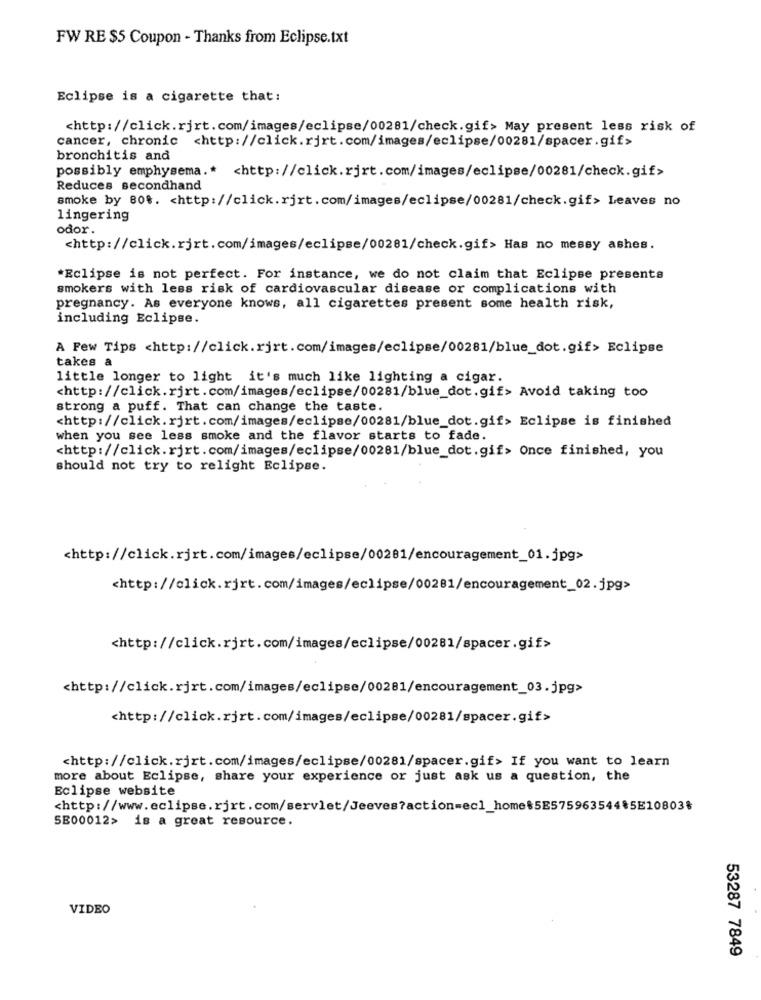
FW RE $5 Coupon - Thanks from Eclipse.txt
Eclipse is a cigarette that:
<http://click.rjrt.com/images/eclipse/00281/check.gif> May present less risk of
cancer, chronic <http://click.rjrt.com/images/eclipse/00281/spacer.gif>
bronchitis and
possibly emphysema .* < http://click.rjrt.com/images/eclipse/00281/check.gif>
Reduces secondhand
smoke by 808. < http://click.rjrt. com/images/eclipse/00281/check.gif> Leaves no
lingering
odor.
<http://click.rjrt.com/images/eclipse/00281/check.gif> Has no messy ashes.
*Eclipse is not perfect. For instance, we do not claim that Eclipse presents
smokers with less risk of cardiovascular disease or complications with
pregnancy. As everyone knows, all cigarettes present some health risk,
including Eclipse.
A Few Tips <http://click.rjrt.com/images/eclipse/00281/blue_dot.gif> Eclipse
takes a
little longer to light it's much like lighting a cigar.
<http://click.rjrt.com/images/eclipse/00281/blue_dot.gif> Avoid taking too
strong a puff. That can change the taste.
<http://click.rjrt.com/images/eclipse/00281/blue_dot.gif> Eclipse is finished
when you see less smoke and the flavor starts to fade.
<http://click.rjrt.com/images/eclipse/00281/blue_dot.gif> Once finished, you
should not try to relight Eclipse.
<http://click.rjrt.com/images/eclipse/00281/encouragement_01.jpg>
<http://click.rjrt.com/images/eclipse/00281/encouragement_02.jpg>
<http://click.rjrt.com/images/eclipse/00281/spacer.gif>
<http://click.rjrt.com/images/eclipse/00281/encouragement_03.jpg>
<http://click.rjrt.com/images/eclipse/00281/spacer.gif>
<http://click.rjrt.com/images/eclipse/00281/spacer.gif> If you want to learn
more about Eclipse, share your experience or just ask us a question, the
Eclipse website
<http://www.eclipse.rjrt.com/servlet/Jeeves?action=ecl_home$5E575963544*5E108038
SE00012> is a great resource.
VIDEO
53287 7849